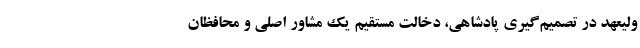
ولیعهد در تصمیم‌گیری پادشاهی، دخالت مستقیم یک مشاور اصلی و محافظان